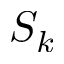
S _ { k }